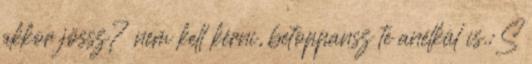
akkor jössz? nem kell kérni, betoppansz te anélkül is.:S